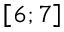
\left[ 6 ; 7 \right]